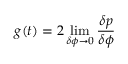
g ( t ) = 2 \operatorname* { l i m } _ { \delta \phi \rightarrow 0 } \frac { \delta p } { \delta \phi }